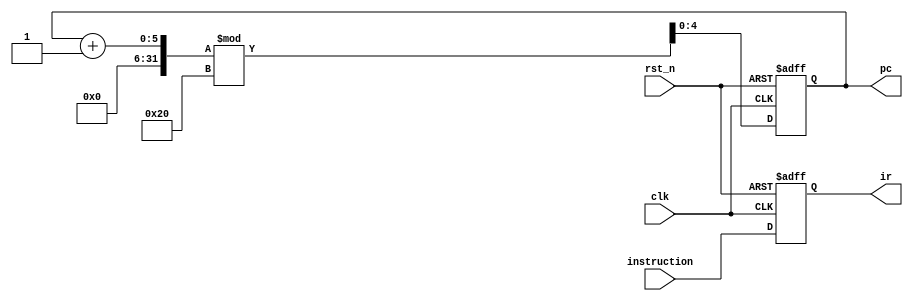
/*
 * Module: RISC Instruction Unit
 * Student Name: Ethan Bradley
 * Student Number: 101158848
 */
// behavioral iunit

// this unit will receive instruction from memory
// and pass it along to the decode section
// so you need an input to receive instruction and 
// an output to pass instruction to decode
module risc_iunit (clk, rst_n, instruction, pc, ir);
  // fillout1: define the interface here
	input clk, rst_n;
	input [12:0] instruction;

	output reg [4:0] pc = 5'b0;
	output reg [12:0] ir;
  
  parameter nop = 13'h0000; // this will be used as No operation instruction

  always @(posedge clk or negedge rst_n) begin
    if (rst_n == 1'b0) begin
     //fillout2: reset the ir to nop and reset the PC
		ir <= nop;
		pc <= 5'b0;
	  
   end else begin
     // fillout3:pass the input instruction to the output port and increement the PC
	 // if the PC reached maximum value you must reset it
		ir <= instruction;
		pc <= (pc + 1) % 32;
  end
  end
endmodule